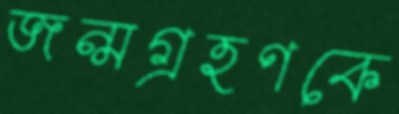
জন্মগ্রহণকে